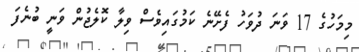
މިމަހުގެ 17 ވަނަ ދުވަހު ފެށޭނެ ކަމުގައިވެސް ވިލާ ކޮލެޖުން ވަނީ ބުނެފަ